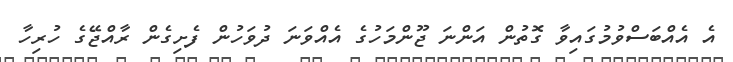
އެ އެއްބަސްވުމުގައިވާ ގޮތުން އަންނަ ޖޫންމަހުގެ އެއްވަނަ ދުވަހުން ފެށިގެން ރާއްޖޭގެ ހުރިހާ